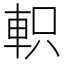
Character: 軹